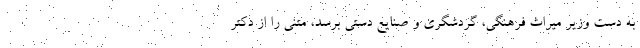
به دست وزیر میراث فرهنگی، گردشگری و صنایع دستی برسد، متنی را از دکتر